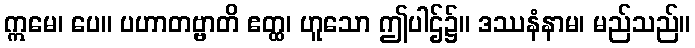
ဣမေ၊ ပေ။ ပဟာတဗ္ဗာတိ ဧတ္ထ၊ ဟူသော ဤပါဌ်၌။ ဒဿနံနာမ၊ မည်သည်။